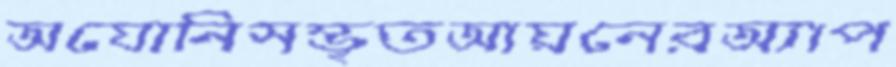
অযোনিসম্ভৃতআয়নেরঅ্যাপ